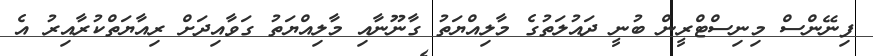
ފިނޭންސް މިނިސްޓްރީން ބުނީ ދައުލަތުގެ މާލިއްޔަތު ގާނޫނާއި މާލިއްޔަތު ގަވާއިދަށް ރިއާޔަތްކުރާއިރު އެ